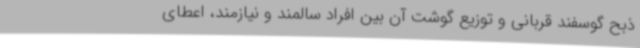
ذبح گوسفند قربانی و توزیع گوشت آن بین افراد سالمند و نیازمند، اعطای